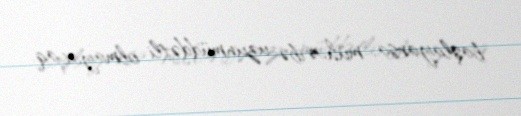
başlayarsa, müharibə uzunmüddətli olmayacaq.